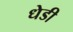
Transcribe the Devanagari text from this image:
धेडी